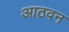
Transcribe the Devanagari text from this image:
आठवन